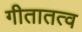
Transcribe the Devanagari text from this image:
गीतातत्व